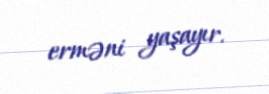
erməni yaşayır.